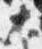
大